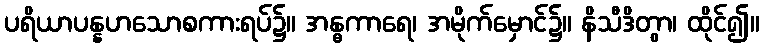
ပရိယာပန္နဟသောစကားရပ်၌။ အန္ဓကာရေ၊ အမိုက်မှောင်၌။ နိသီဒိတွာ၊ ထိုင်၍။